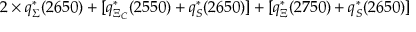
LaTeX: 2 \times q _ { \Sigma } ^ { \ast } ( 2 6 5 0 ) + [ q _ { \Xi _ { C } } ^ { \ast } ( 2 5 5 0 ) + q _ { S } ^ { \ast } ( 2 6 5 0 ) ] + [ q _ { \Xi } ^ { \ast } ( 2 7 5 0 ) + q _ { S } ^ { \ast } ( 2 6 5 0 ) ]